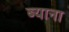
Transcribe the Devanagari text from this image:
ब्याना